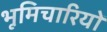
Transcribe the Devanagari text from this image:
भूमिचारियों